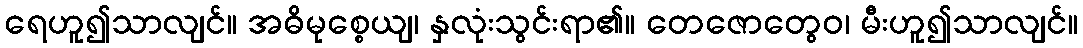
ရေဟူ၍သာလျင်။ အဓိမုစ္စေယျ၊ နှလုံးသွင်းရာ၏။ တေဇောတွေဝ၊ မီးဟူ၍သာလျင်။